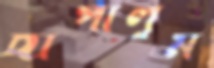
ছাপালুম